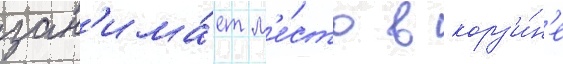
зан'има́ет м'е́сто в корз'и́н'е